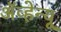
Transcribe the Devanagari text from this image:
अॅव्हेन्यू